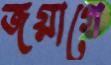
জয়াগে